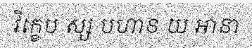
វិក្ខេប ស្ស បហាន យ ឤនា